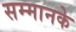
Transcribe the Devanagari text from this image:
सम्मानके